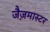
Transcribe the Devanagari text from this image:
जैज़मास्टर